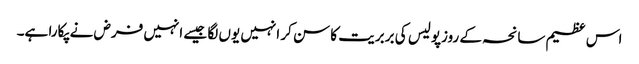
اس عظیم سانحہ کے روزپولیس کی بربریت کا سن کر انہیں یوں لگا جیسے انہیں فرض نے پکارا ہے۔